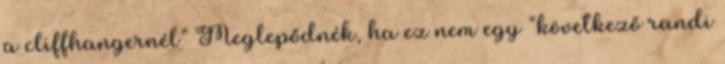
a cliffhangernél” Meglepődnék, ha ez nem egy “következő randi